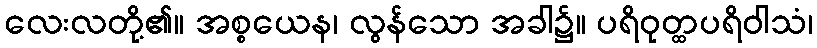
လေးလတို့၏။ အစ္စယေန၊ လွန်သော အခါ၌။ ပရိဝုတ္ထပရိဝါသံ၊